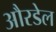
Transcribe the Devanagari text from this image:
औरडेल